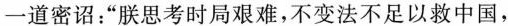
一道密诏：”朕思考时局艰难，不变法不足以救中国，